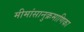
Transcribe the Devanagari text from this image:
मीमांसानुक्रमाणिका